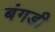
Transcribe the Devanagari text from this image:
बंगडी